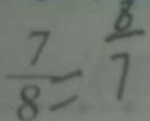
\frac { 7 } { 8 } = \frac { 8 } { 7 }